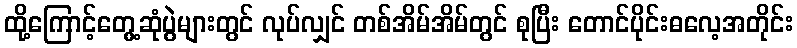
ထို့ကြောင့်တွေ့ဆုံပွဲများတွင် လုပ်လျှင် တစ်အိမ်အိမ်တွင် စုပြီး တောင်ပိုင်းဓလေ့အတိုင်း